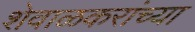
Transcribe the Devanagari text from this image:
शेवाळकरांच्या